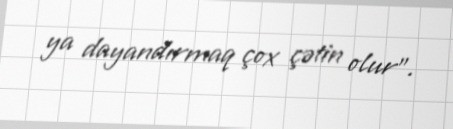
ya dayandırmaq çox çətin olur”.